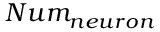
N u m _ { n e u r o n }